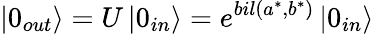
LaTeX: \left|0_{out}\right\rangle=U\left|0_{in}\right\rangle=e^{bil(a^{*},b^{*})}\left|0_{in}\right\rangle